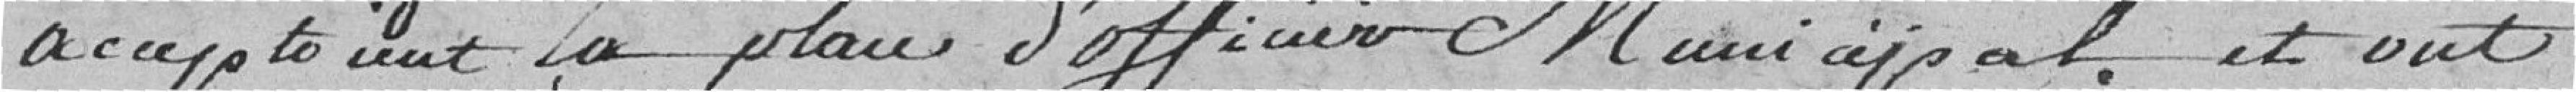
acceptaient la place d'officier Municipal, et ont